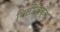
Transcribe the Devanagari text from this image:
बिलीविक्स